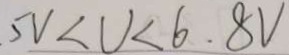
5 V < U < 6 . 8 V